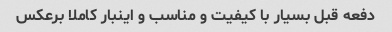
دفعه قبل بسیار با کیفیت و مناسب و اینبار کاملا برعکس